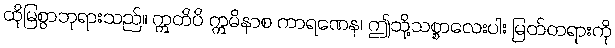
ထိုမြစွာဘုရားသည်။ ဣတိပိ ဣမိနာစ ကာရဏေန၊ ဤသို့သစ္စာလေးပါး မြတ်တရားကို